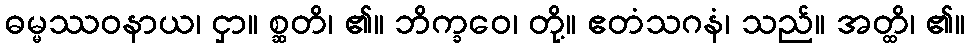
ဓမ္မဿဝနာယ၊ ငှာ။ စ္ဆတိ၊ ၏။ ဘိက္ခဝေ၊ တို့။ ဧတံသဂနံ၊ သည်။ အတ္ထိ၊ ၏။